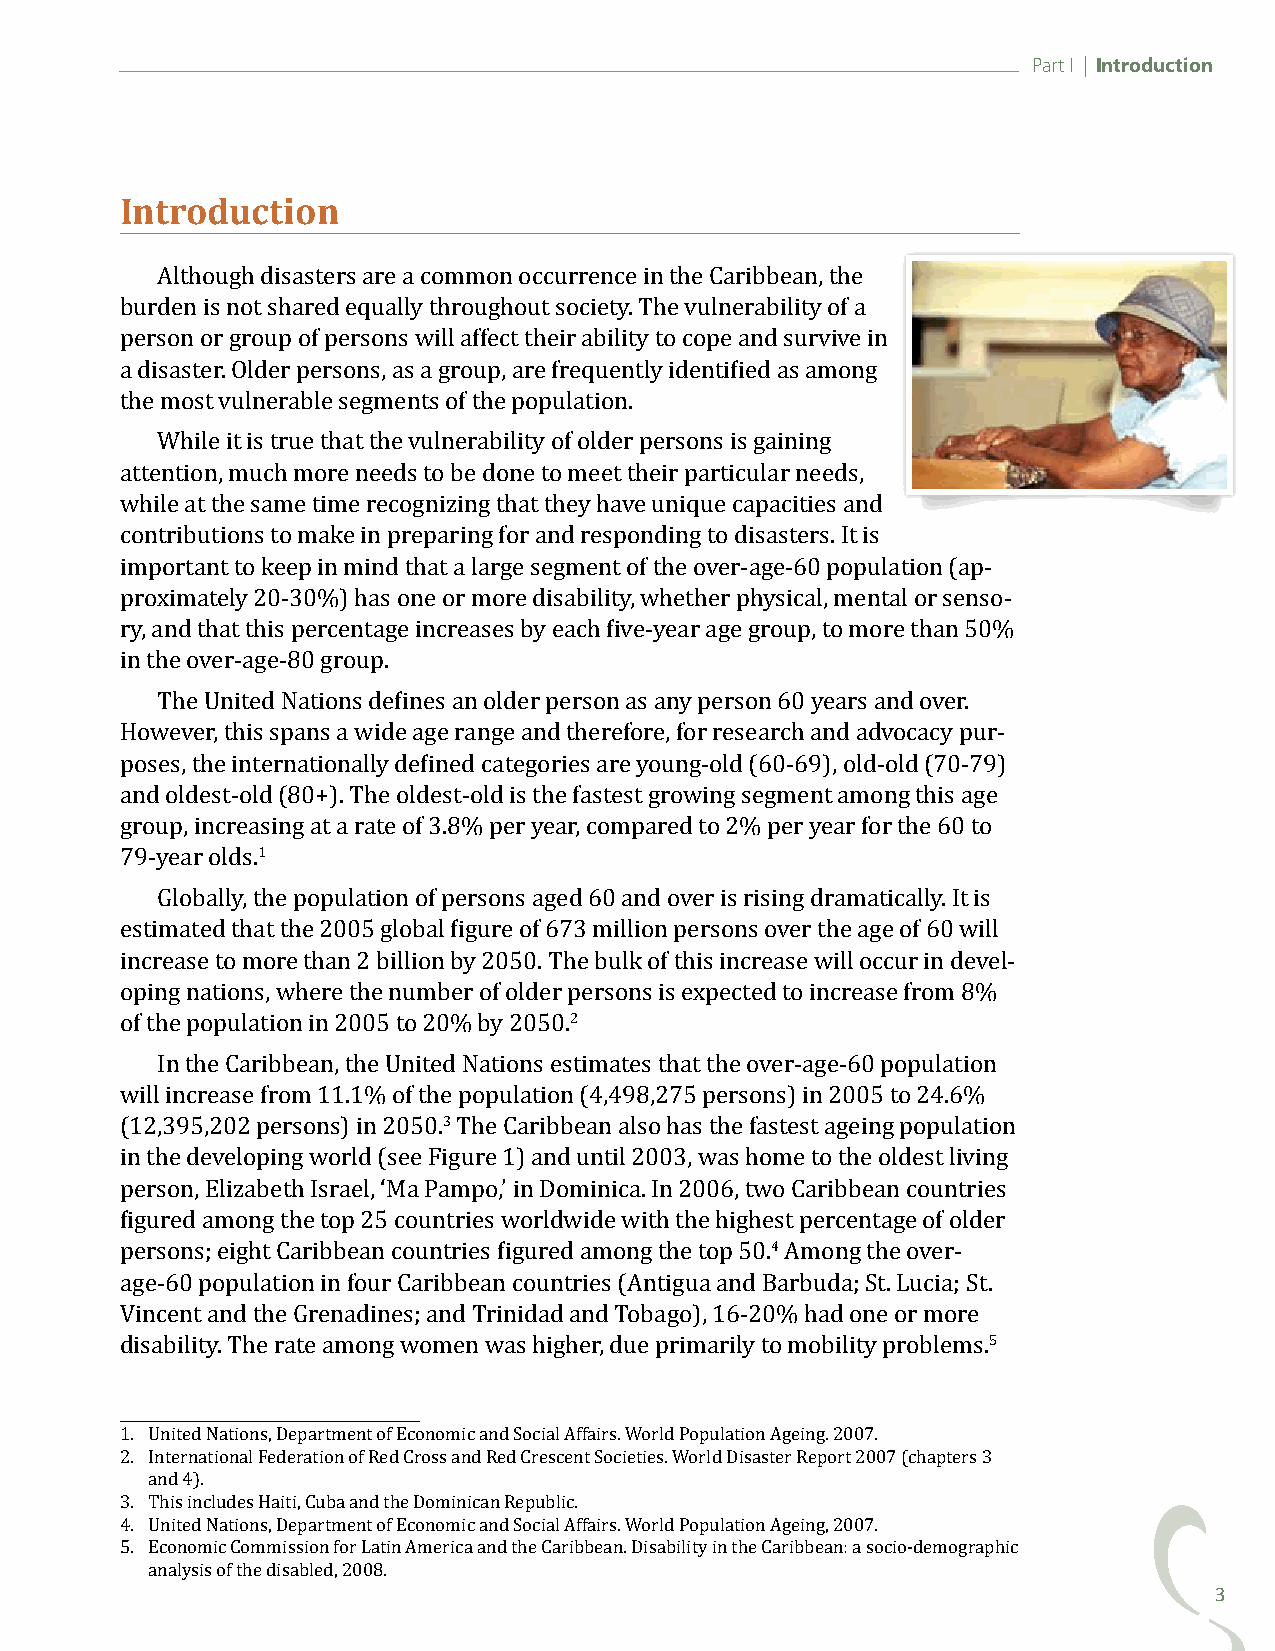
Part I | Introduction
 Introduction
 Although disasters are a common occurrence in the Caribbean, the
 burden is not shared equally throughout society. The vulnerability of a
 person or group of persons will affect their ability to cope and survive in
 a disaster. Older persons, as a group, are frequently identified as among
 the most vulnerable segments of the population.
 While it is true that the vulnerability of older persons is gaining
 attention, much more needs to be done to meet their particular needs,
 while at the same time recognizing that they have unique capacities and
 contributions to make in preparing for and responding to disasters. It is
 important to keep in mind that a large segment of the over-age-60 population (ap-
 proximately 20-30%) has one or more disability, whether physical, mental or senso-
 ry, and that this percentage increases by each five-year age group, to more than 50%
 in the over-age-80 group.
 The United Nations defines an older person as any person 60 years and over.
 However, this spans a wide age range and therefore, for research and advocacy pur-
 poses, the internationally defined categories are young-old (60-69), old-old (70-79)
 and oldest-old (80+). The oldest-old is the fastest growing segment among this age
 group, increasing at a rate of 3.8% per year, compared to 2% per year for the 60 to
 1
 79-year olds.
 Globally, the population of persons aged 60 and over is rising dramatically. It is
 estimated that the 2005 global figure of 673 million persons over the age of 60 will
 increase to more than 2 billion by 2050. The bulk of this increase will occur in devel-
 oping nations, where the number of older persons is expected to increase from 8%
 2
 of the population in 2005 to 20% by 2050.
 In the Caribbean, the United Nations estimates that the over-age-60 population
 will increase from 11.1% of the population (4,498,275 persons) in 2005 to 24.6%
 3
 (12,395,202 persons) in 2050. The Caribbean also has the fastest ageing population
 in the developing world (see Figure 1) and until 2003, was home to the oldest living
 person, Elizabeth Israel, ‘Ma Pampo,’ in Dominica. In 2006, two Caribbean countries
 figured among the top 25 countries worldwide with the highest percentage of older
 4
 persons; eight Caribbean countries figured among the top 50. Among the over-
 age-60 population in four Caribbean countries (Antigua and Barbuda; St. Lucia; St.
 Vincent and the Grenadines; and Trinidad and Tobago), 16-20% had one or more
 5
 disability. The rate among women was higher, due primarily to mobility problems.
 1. United Nations, Department of Economic and Social Affairs. World Population Ageing. 2007.
 2. International Federation of Red Cross and Red Crescent Societies. World Disaster Report 2007 (chapters 3
 and 4).
 3. This includes Haiti, Cuba and the Dominican Republic.
 4. United Nations, Department of Economic and Social Affairs. World Population Ageing, 2007.
 5. Economic Commission for Latin America and the Caribbean. Disability in the Caribbean: a socio-demographic 3
 analysis of the disabled, 2008.